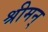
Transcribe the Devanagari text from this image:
श्रीमन्